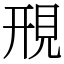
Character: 䙹